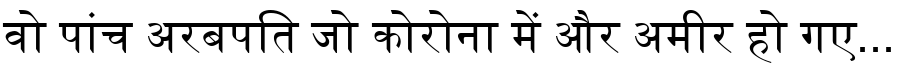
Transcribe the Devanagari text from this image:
वो पांच अरबपति जो कोरोना में और अमीर हो गए...